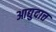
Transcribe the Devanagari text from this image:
आद्युदात्त